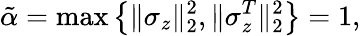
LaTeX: \tilde{\alpha}=\operatorname*{max}\left\{ \| \sigma_{z}\| _{2}^{2},\| \sigma_{z}^{T}\| _{2}^{2}\right\} =1,